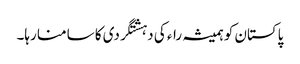
پاکستان کو ہمیشہ راء کی دہشتگردی کا سامنا رہا۔